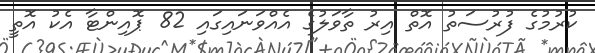
ކުރުމުގެ ފުރުސަތު އޮތް އިރު ތާވަލުގެ އެއްވަނައިގައި 82 ޕޮއިންޓާ އެކު އޮތީ